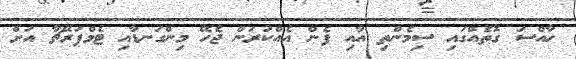
ހާއްސަ ގޮތެއްގައި ސިމެންތި އާއި ފެން އެއްކުރަން ޖެހޭ މިންގަނޑާއި ޓެމްޕަރޭޗާ އަށް